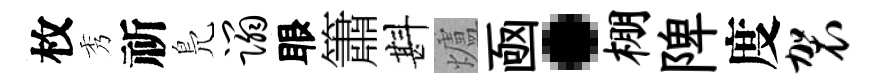
枚秀祈鳬蹋眼簫斟爐凾·棚陴度袈